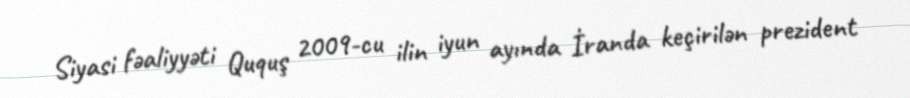
Siyasi fəaliyyəti Ququş 2009-cu ilin iyun ayında İranda keçirilən prezident